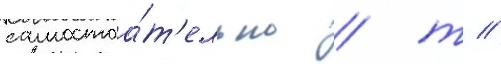
самостоа́т'ельно / т //